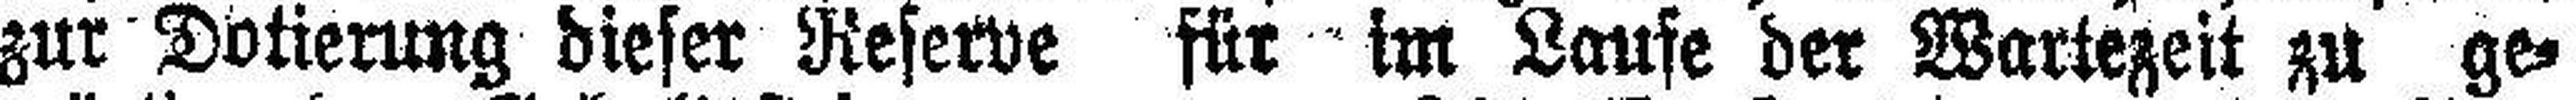
zur Dotierung dieser Reserve für im Laufe der Wartezeit zu ge¬